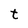
Character: t